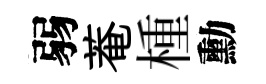
弱菴㮔勳